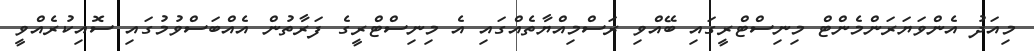
މިއަދު އެންވަޔަރަންމެންޓް މިނިސްޓްރީގައި ބޭއްވި ރަސްމިއްޔާތެއްގައި އެ މިނިސްޓްރީގެ ފަރާތުން އެއްބަސްވުމުގައި ސޮއިކުރެއްވީ